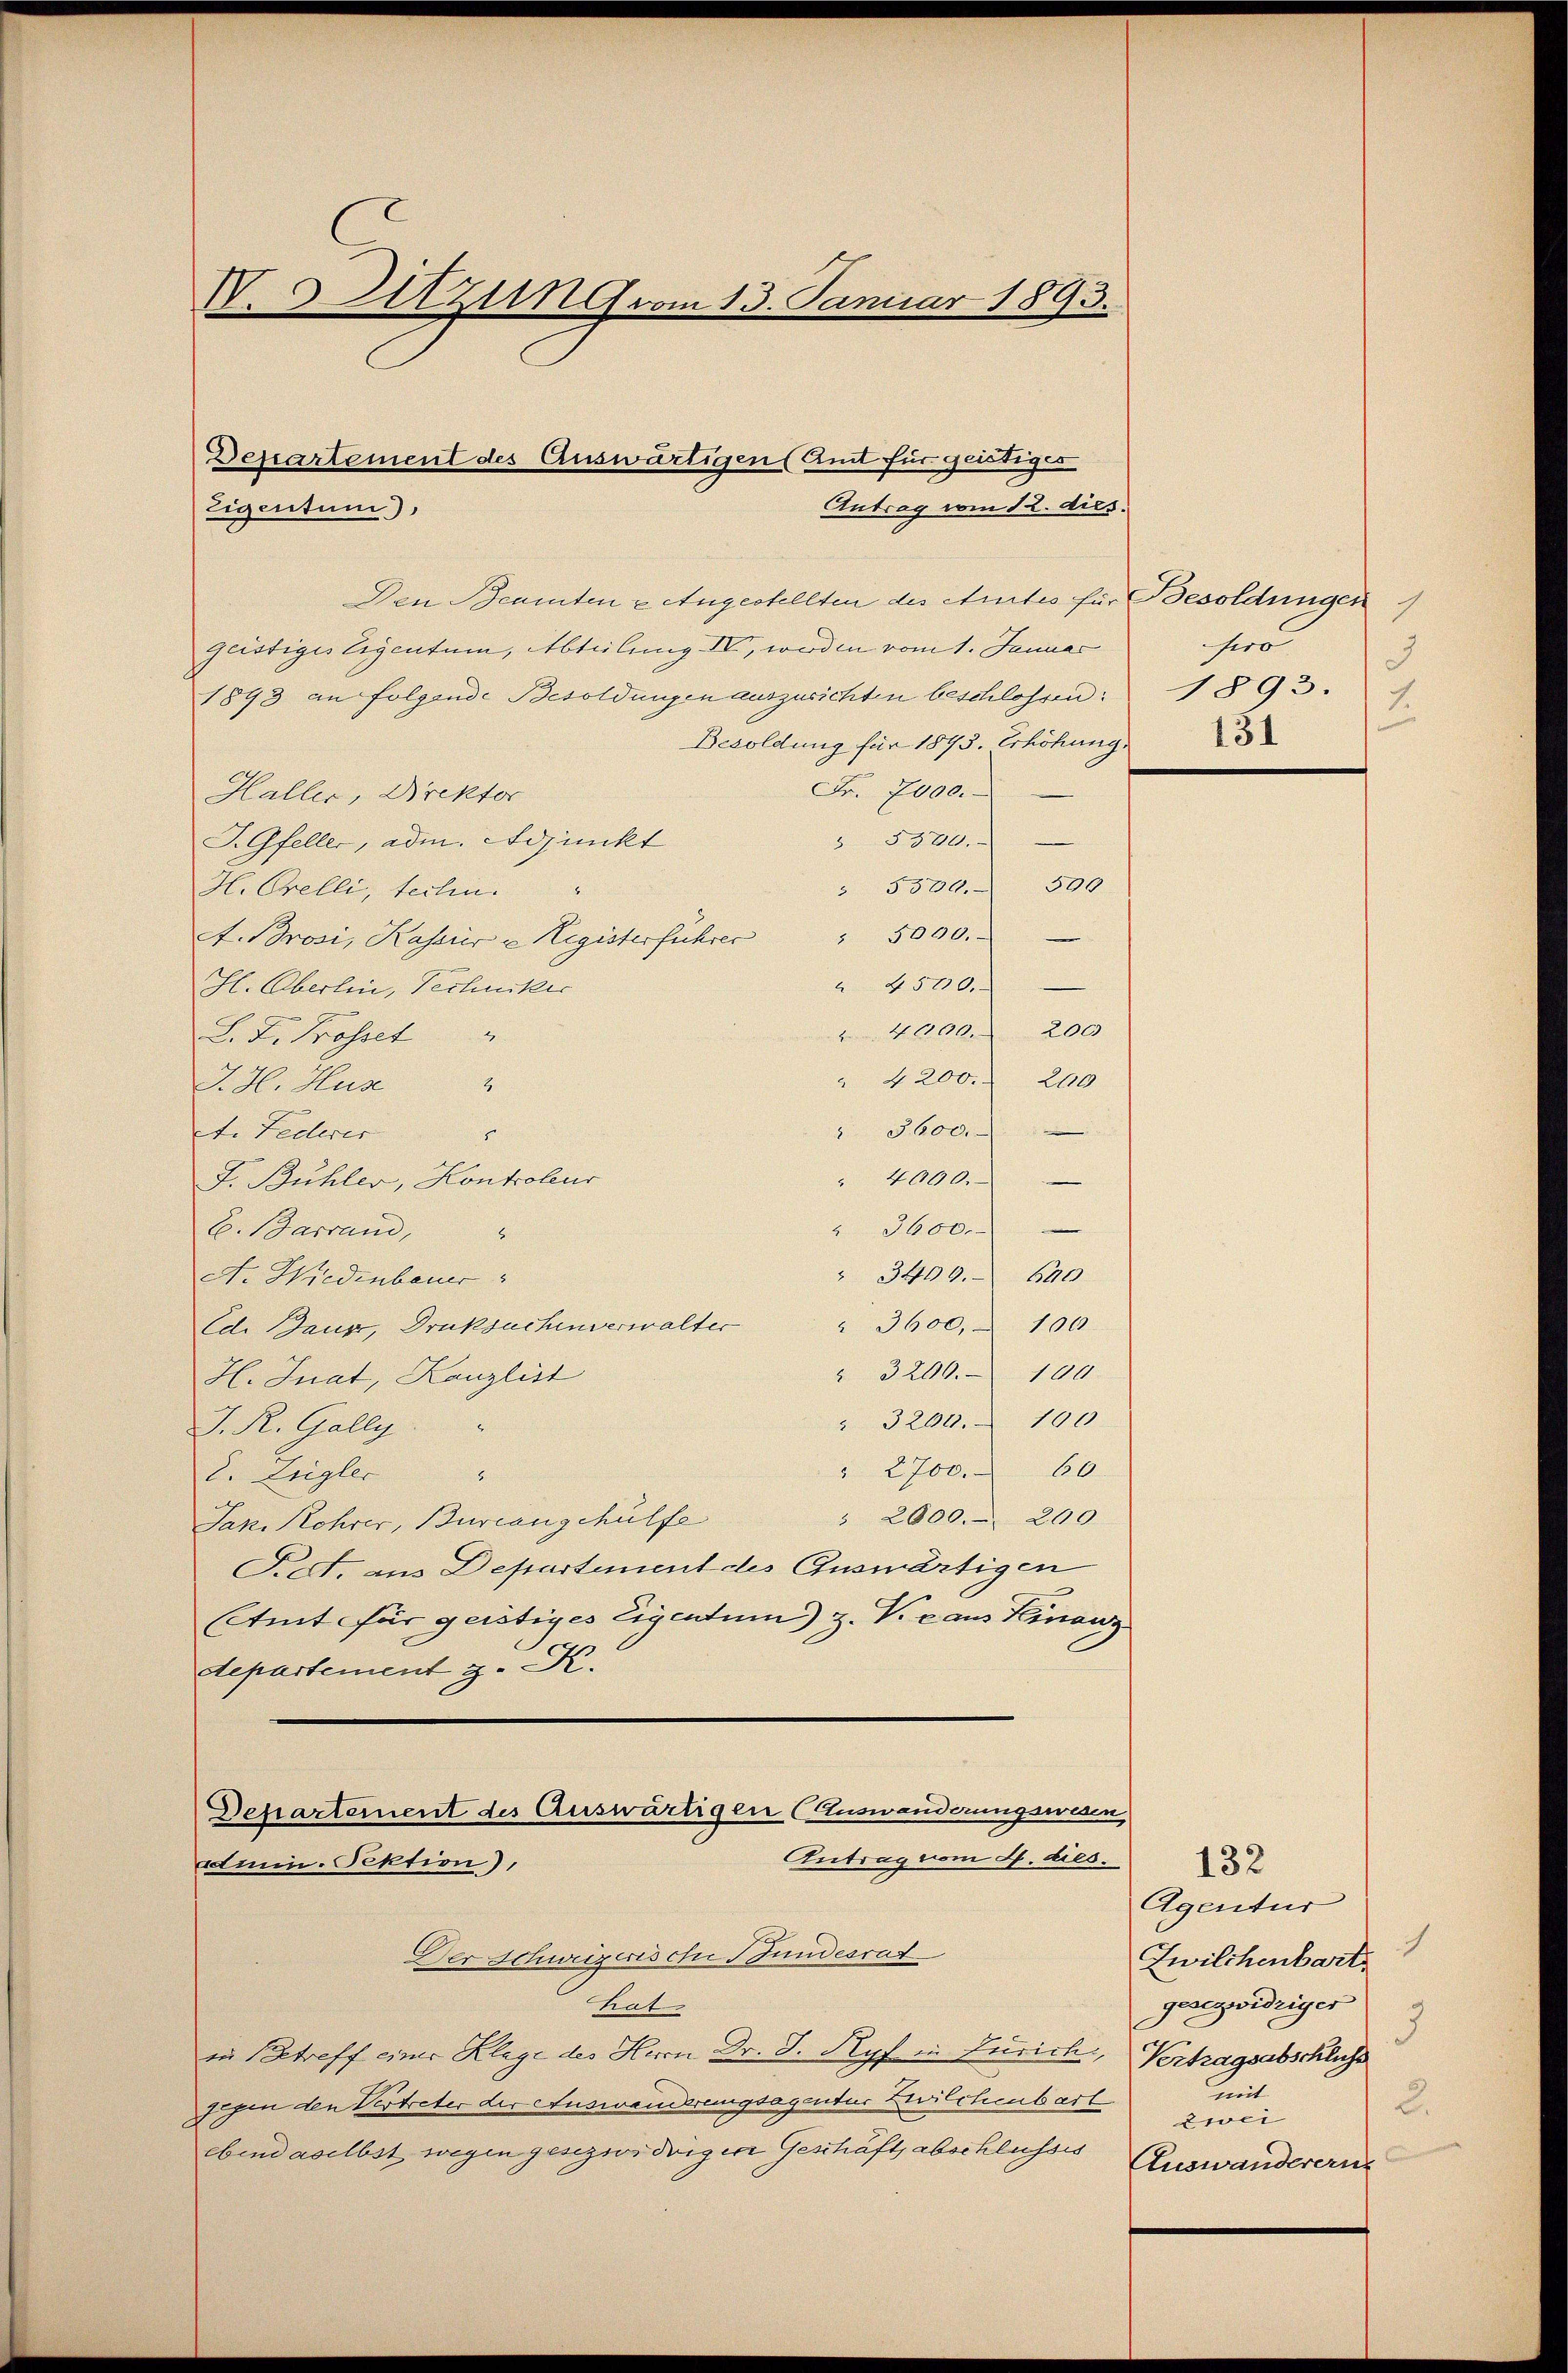
IV. Sitzung vom 13. Januar 1893.

Departement des Auswärtigen (Amt für geistiges
Antrag vom 12. dies.
Eigentum).

Den Beamten & Angestellten des Amtes für Besoldungen
geistiges Eigentum, Abteilung IV, wirden vom 1. Januar
1893 an folgende Besoldungen auszusichten beschlossen:
Besoldung für 1875. Erhöhung
Fr. 7000.
Haller, Direktor
 5500.
J. Gfeller, adm. Adjunkt
" 5500. 500
H. Orelli, techen.
" 5000.
At. Brosi, Kaserer u Registerführer
 4500.
Ihl. Oberlin, Techniker
4000. 200
S. D. Prosset
" 4200. 200
J. H. Huse
2
" 3600.
et. Federer

" 4000.
F. Bühler, Kontroleur
" 3600.
E. Barrand,
" 3409. 640
A. Wiedenbauer
" 3600, § 100
Ed. Baur, Druksachen verwalter
" 3200. 100.
H. Jnat, Kanzlist
" 3260. 100
J. R. Gally
" 2700. 60
C. Ziegler
8
" 2000. 200.
Jak. Rohrer, Burrangehülfe
P.S. aus Departement des Auswärtigen
Etmt für geistiges Eigentum) z. Vic aus Feinanz
Separtement z. K.
Departement des Auswärtigen (Auswanderungswesen
Antrag vom 4. dies. 22
Anein-Fektion),
Der Schweizerische Bundesrat
hat
in Betreff einer Klage des Herrn Dr. J. Ryf in Zürich, Vertragsabschluss
gegen den Vertreter der Auswanderungsagentur zwischenbart
ebendaselbst wegen gesezwidrigen Geschäftsabschlusses Auswanderern

7
sero
3
1893. 1

Agentur
Zwilchenbart
gesezwidriger
3
mit
2.
zwei